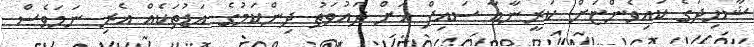
ޝާހިދުގެ ކައިވެންޏަށް ކަރީނާއާ ސައިފް އަށް ދައުވަތު ދިންކަމުގެ އަޑުތަކެއް އެރި ނަމަވެސް